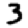
Digit: 3